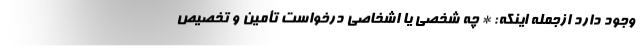
وجود دارد ازجمله اینکه: * چه شخصی یا اشخاصی درخواست تأمین و تخصیص